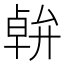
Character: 𠦷